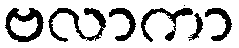
ဗလာကာ